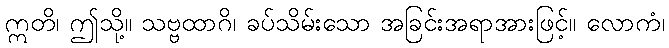
ဣတိ၊ ဤသို့။ သဗ္ဗထာဂိ၊ ခပ်သိမ်းသော အခြင်းအရာအားဖြင့်။ လောကံ၊